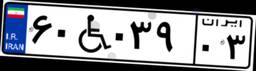
۸۱W۴۴۳۷۱